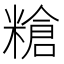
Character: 𥻲